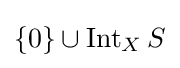
\{0\}\cup \operatorname {Int} _{X}S